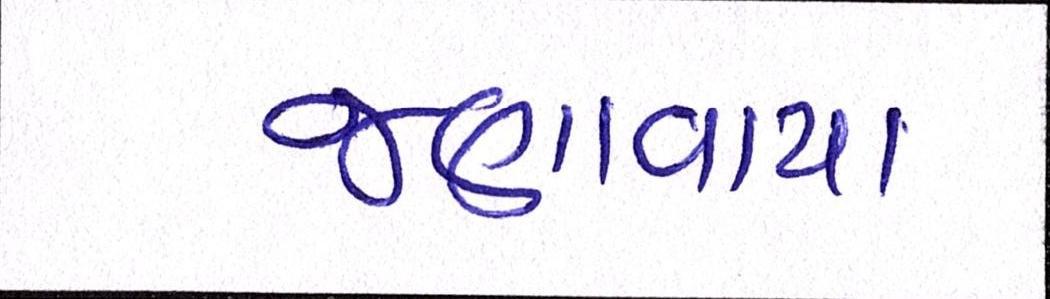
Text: જણાવાયા